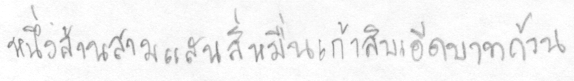
หนึ่งล้านสามแสนสี่หมื่นเก้าสิบเอ็ดบาทถ้วน